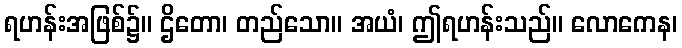
ရဟန်းအဖြစ်၌။ ဌိတော၊ တည်သော။ အယံ၊ ဤရဟန်းသည်။ လောကေန၊